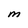
Character: m